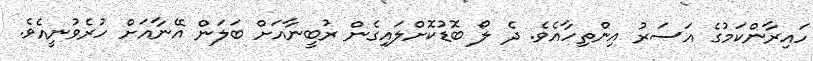
ހައިރާންކަމުގެ އަސަރު އިންތިހާއެވެ. ދެ ލޯ ބޮޑުކޮށްލައިގެން ރުބީނާއަށް ބަލަން އޭނާއަށް ހުރެވުނީއެވެ.